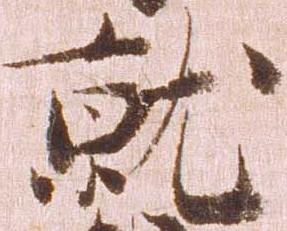
就